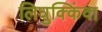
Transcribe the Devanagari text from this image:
लिघुक्किंवा